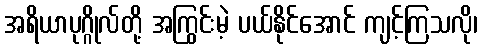
အရိယာပုဂ္ဂိုလ်တို့ အကြွင်းမဲ့ ပယ်နိုင်အောင် ကျင့်ကြသလို၊